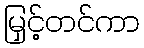
မြှင့်တင်ကာ